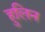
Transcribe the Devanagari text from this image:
हुलिन